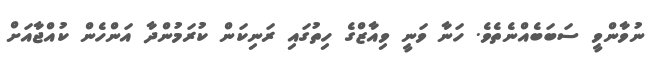
ނުވާންވީ ސަބަބެއްނެތެވެ. ހަނާ ވަނީ ވިއާޒްގެ ހިތުގައި ރަނިކަން ކުރަމުންްދާ އަންހެން ކުއްޖާއަށް